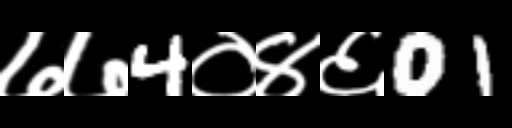
Text: ७७4०४६01